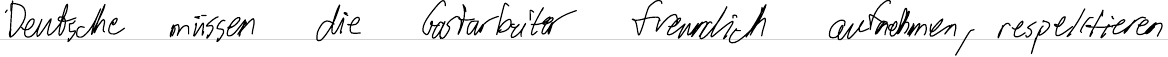
Deutsche müssen die Gastarbeiter freundlich aufnehmen, respektieren